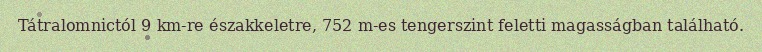
Tátralomnictól 9 km-re északkeletre, 752 m-es tengerszint feletti magasságban található.